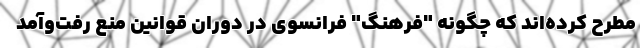
مطرح کرده‌اند که چگونه "فرهنگ" فرانسوی در دوران قوانین منع رفت‌و‌آمد